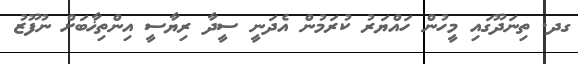
ގދ. ތިނަދޫގައި މީހުން ހައްޔަރު ކުރަމުން އެދަނީ ސީދާ ރިޔާސީ އިންތިޚާބަށް ނުފޫޒު